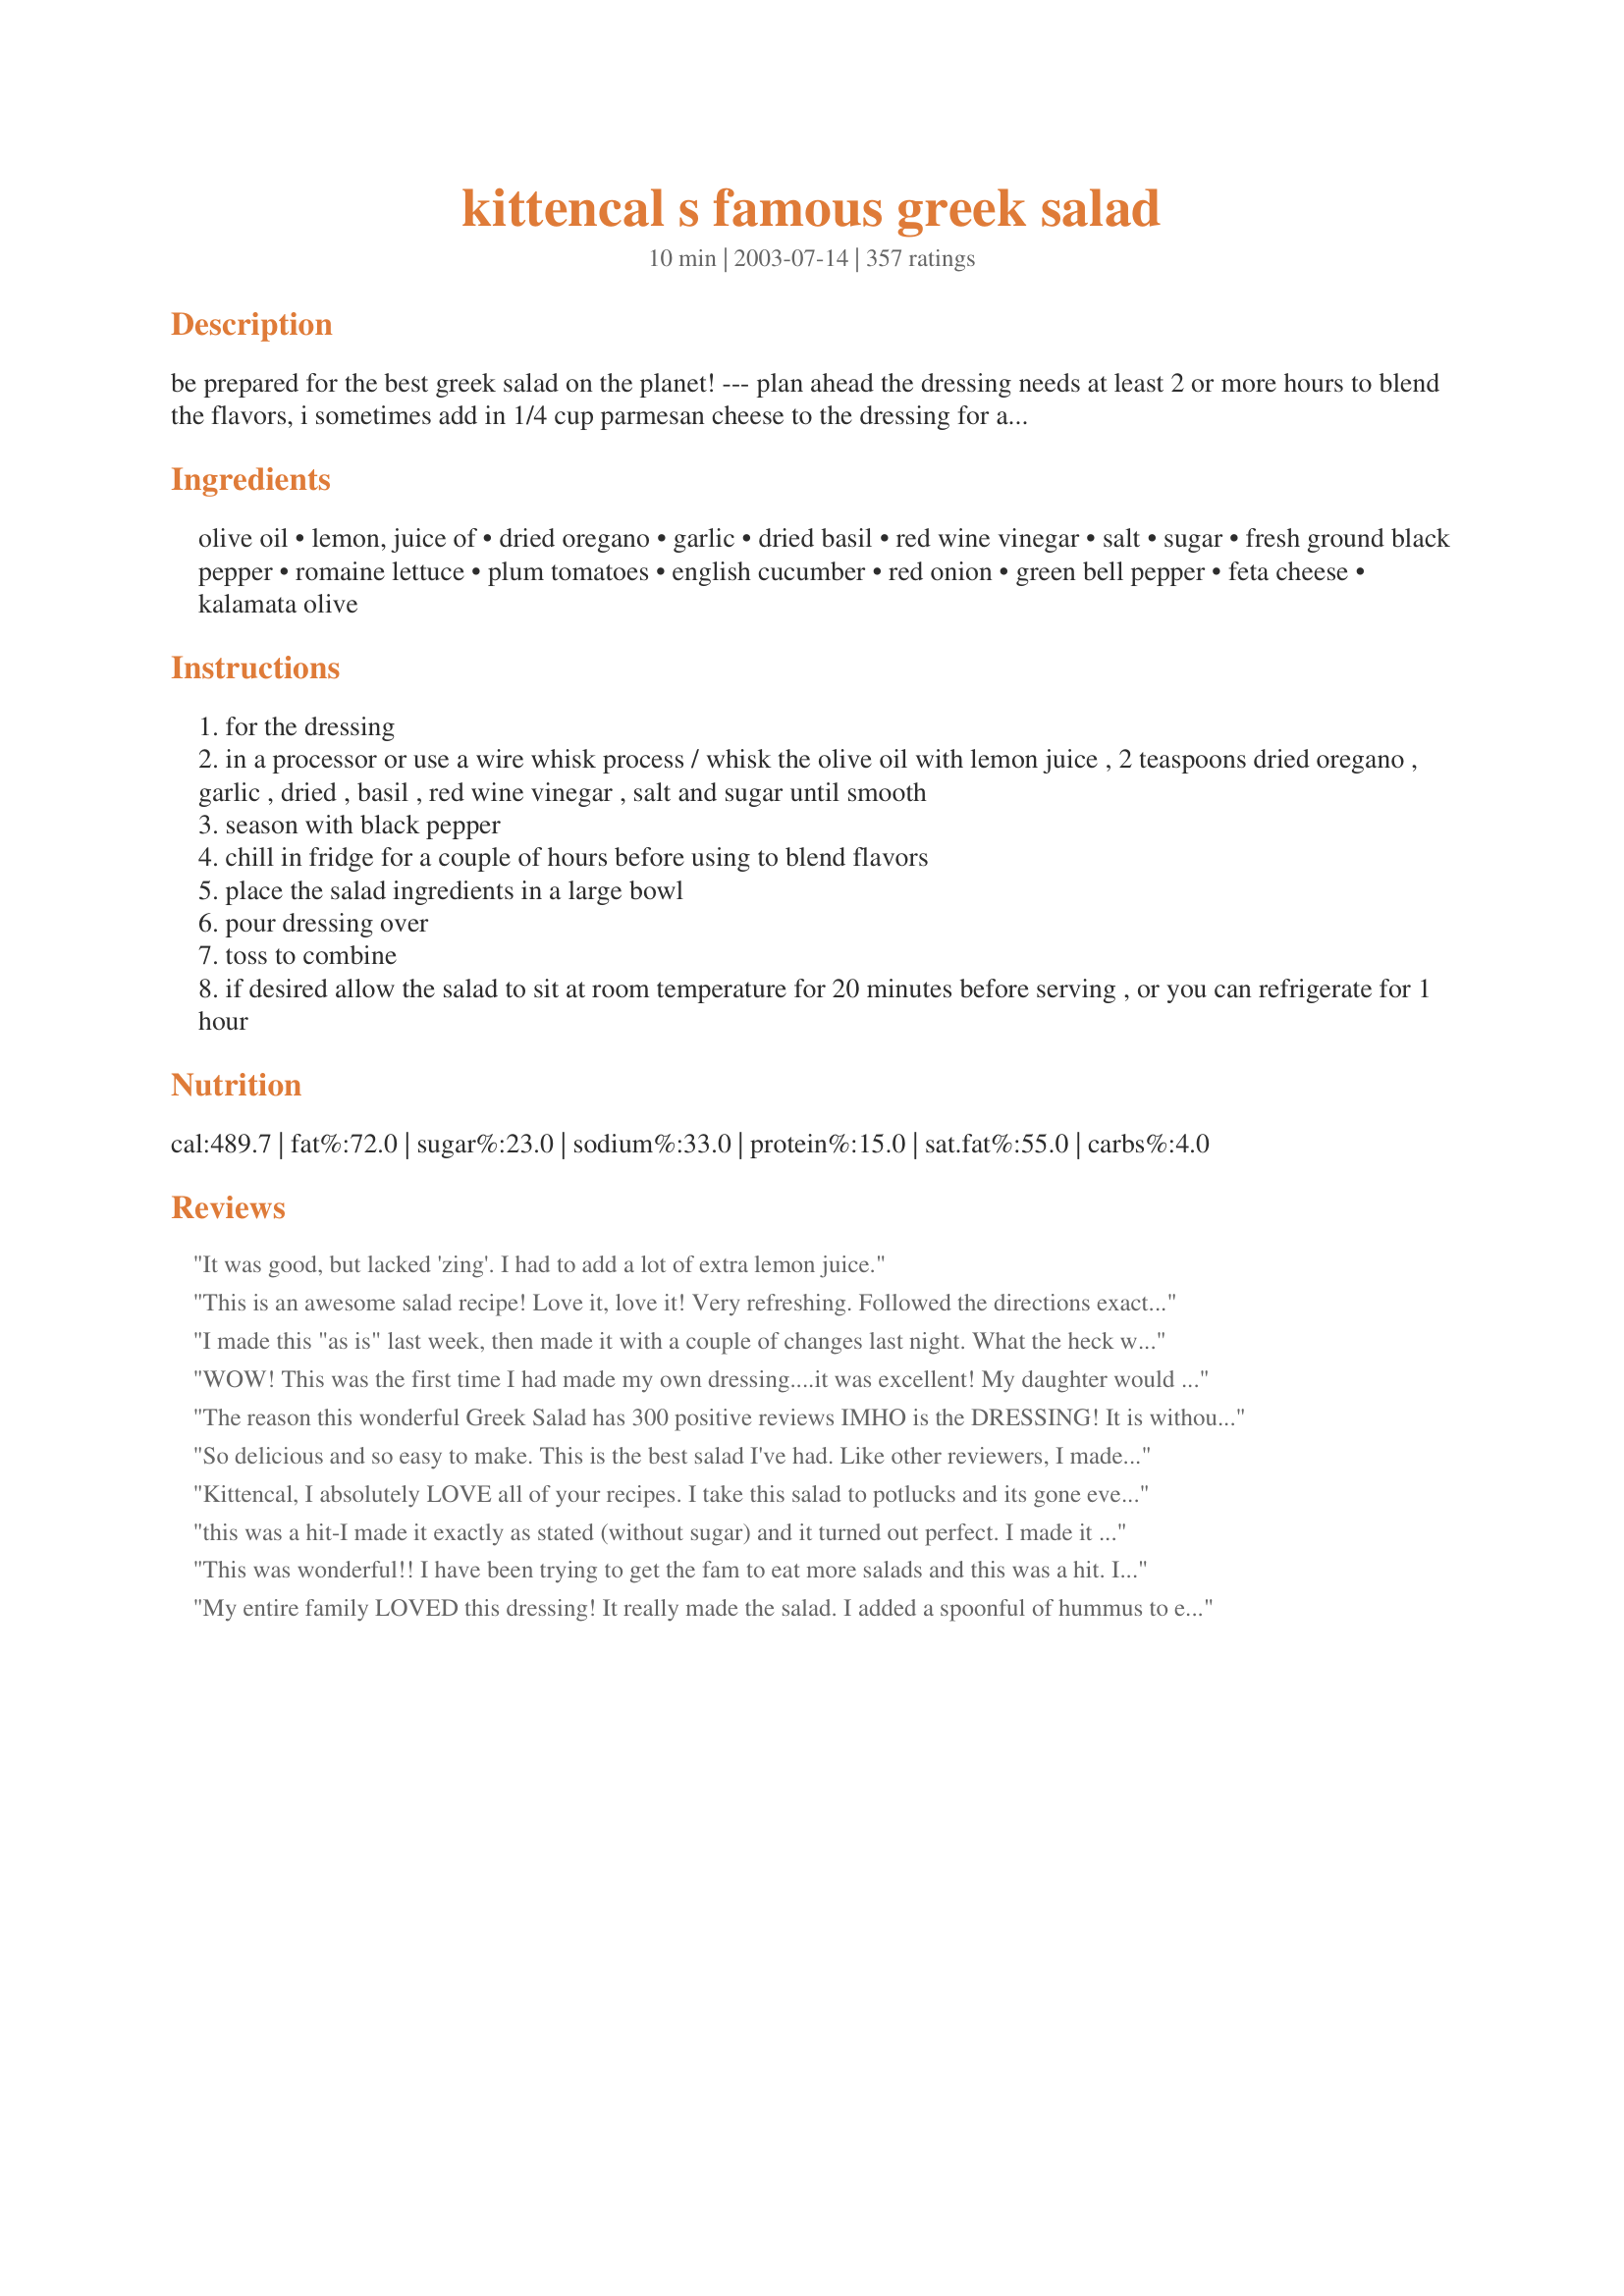
kittencal s famous greek salad
Preparation time: 10 minutes

be prepared for the best greek salad on the planet! --- plan ahead the dressing needs at least 2 or more hours to blend the flavors, i sometimes add in 1/4 cup parmesan cheese to the dressing for a more cheesy dressing, all amounts may be adjusted to taste ---- to marinade the salad allow to sit at room temperature before serving, see bottom of instructions --- you will find this and many more of my recipes posted here http://kittencalskitchen.com/2009/04/13/kittens-famous-greek-salad/ ---also see my recipe #359292

Ingredients:
olive oil, lemon, juice of, dried oregano, garlic, dried basil, red wine vinegar, salt, sugar, fresh ground black pepper, romaine lettuce, plum tomatoes, english cucumber, red onion, green bell pepper, feta cheese, kalamata olive

Steps:
for the dressing
in a processor or use a wire whisk process / whisk the olive oil with lemon juice , 2 teaspoons dried oregano , garlic , dried , basil , red wine vinegar , salt and sugar until smooth
season with black pepper
chill in fridge for a couple of hours before using to blend flavors
place the salad ingredients in a large bowl
pour dressing over
toss to combine
if desired allow the salad to sit at room temperature for 20 minutes before serving , or you can refrigerate for 1 hour

Reviews:
It was good, but lacked 'zing'. I had to add a lot of extra lemon juice.
This is an awesome salad recipe!
Love it, love it! Very refreshing.
Followed the directions exactly as posted. 
Thanks for sharing your recipe.
I made this "as is" last week, then made it with a couple of changes last night. What the heck was I thinking?? The original is perfect. Thanks!
WOW! This was the first time I had made my own dressing....it was excellent! My daughter would not stop eating it up-fortunately I made extra:)
Thank you!!
The reason this wonderful Greek Salad has 300 positive reviews IMHO is the DRESSING! It is without doubt the BEST I have ever made or tasted! The actual salad is great - the famous trio of olives, feta and tomatoes with cucumber, lettuce, onion and pepper - the dressing is the STAR of the show, JUST amazing, I will always make my Greek dressing like this now, it has JUST the right amount t of seasoning, herbs and oil to vinegar ratio - wonderful! THANKS Kitten! Karen/FT :-)
So delicious and so easy to make. This is the best salad I've had. Like other reviewers, I made a jar of the dressing.
Kittencal, I absolutely LOVE all of your recipes. I take this salad to potlucks and its gone everytime
this was a hit-I made it exactly as stated (without sugar) and it turned out perfect. I made it with the rainforest cafe rasta pasta recipe on here.
This was wonderful!! I have been trying to get the fam to eat more salads and this was a hit. I used half of the dressing and marinated some chicken breasts in it. It was so delicious! What a great salad!! Will definetly make again! Thanks Kit another great one!
My entire family LOVED this dressing! It really made the salad. I added a spoonful of hummus to each salad bowl and the dressing just complemented it perfectly.
Loved this! I did add sugar to the dressing, as well as some finely chopped sundried tomatoes. Other than that didn't change a thing. Will make this often, especially when the tomatoes are coming up in the garden!
Another Perfect recipe, thanks Kitten!!
This was my first attempt at making a greek salad...and will not look any further for a new recipe!! It was great. I, too, was a little frightened by the ingredients...thought it would be way too olive oily...but it seemed perfect. I did make a few adjustments. I only added 1/2 an onion as mine was a bit potent. Also left out the olives...not a big fan. My husband added his grilled chicken...absolutely delicious!!! I think we used sun dried tomato feta...which was good...but probably will go just plain feta next time. Also added about 1/2 cup shredded parmesan to the actual salad. The whole thing was a great meal and I have already passed on the recipe! Thanks Kittencal...absolutely fabulous!
Hi, My first review. I made this for a family reunion. It was outstanding. Have passed the recipe on and also recipe czar. Thanks for all the great recipes.
Carmen
This was a great salad. I made the dressing exactly as directed early in the day so the flavors could meld. For the salad, I changed a couple of things just based on our preferences...subbing green onions for the red, and roasted red pepper for the green! Thanks for sharing this great recipe.
Thanks for sharing! I made this salad for the family and it got rave reviews. Only thing I changed was that I mixed romaine and spring mix for the greens. Thanks!
I had tried my first Greek Salad in a Pizza Restaurant this year, and was instantly hooked. First thing I did was come look in Zaar for a recipe. Tried this one and it's SUPER!! Thanks for an awesome recipe!
Just made this, and its wonderful. I didnt add all the salt, just a small amount. And I used only 3/4 c. evoo. Will be having this on hand often.
I've made this twice now, and each time I am over run with requests for the recipe. Next time I make it I am putting a card with the recipe number @ Recipezaar. I have also made it with pasta instead of the romaine lettuce, and it is even better the second day. Thanks for a GREAT recipe!!
I made this salad for tonight's dinner. I cut the amount of dressing in half but otherwise made it as directed. For the salad I used a blend of lettuce which had mainly romaine in it. Wonderful! Made for Best of 2010 Tag Game Event.
This salad is very good, I knew it would be coming from Kittencal! I left out the olives and green peppers and realized I didn't have any basil for the dressing. I really enjoyed it :) I took some of the salad, pre-dressing, and added it to a pita with roasted chicken breast and tzatziki. That was also very very tasty. Thanks for sharing, I always look forward to your recipes!
This was pretty good, but a bit heavy on the oregano. Otherwise, it made for a good salad and I received a couple complements at our potluck.
Yum! I halved the dressing and it was perfect. Thank you!
Great Salad! This was my 1st attempt at a Greek Salad and we all loved it. Simple ingredients with TONS of taste. I made everything "as is" and thought it was super.
Very good salad. I did add the optional sugar, a little more tomatoes, a little less red onion and a little more feta cheese. Otherwise, followed the recipe. I love Kittencal's recipes, so I knew this one would be good too. I wasn't wrong. Keep posting, Kittencal!
I have no excuse except being lazy for not reviewing this. This salad is fantastic! When guests are coming, I turn to this recipe. Thx. for sharing Kittencal!
You just can't praise this salad and dressing too much. It's GREAT! Followed the recipe as stated but left out the sugar. Everyone asked for more, and the recipe. I'll use it often.
We tried three salads this month and this one took the cake! The dressing is simply divine! Thank you, thank you, thank you!
Flavor was great and easy to make.
Absolutely perfect!
This is so good, it should be illegal. I just inhaled my salad. I left out the sugar at first, then added two teaspoons when I found the dressing too tangy, which turned out to be a bit too much. My fault, but not to worry - I will have many more times to get it just right. Thank you Kittencal!
Looks like it has all been said already. This is a staple in our refrigerator.
Greek salad is a favorite at my house and I love this recipe....the dressing is excellent and so much better than what you can get from the grocery store. I add a little extra red wine vinegar to my portion...hubby loves it as is. Thanks for sharing:]
Delicious dressing! Works well with a regular garden salad too. I used an immersion blender which gave it a lovely creamy consistency. I was out of fresh garlic so subbed 2 tsp garlic powder and added 1 tsp onion powder for extra flavour. This will make into my regular rotation of dressings. Thanks for sharing!
This is a delicious salad. I cut all the amounts way down as there are only two of us. I decreased all the dressing ingredients by 1/4 with no problems. Thanks for a great recipe!
Beautiful salad - Have made several times and always get great reviews.
WE LOVED IT!!! No need to hit our favorite Greek Restaurant anymore. I can't believe how close the flavors are to my favorite Greek salad. Thank you! I served this with Pork Souvlaki #39526 over the top. Next time will serve with gyro meat.
I used this dressing for a Quinoa salad with similar ingredients. Excellent!!!<br/>Thanks for sharing.
Fantastic! I took this salad to a neighborhood party and it was a hit! Several folks asked for the recipe. Thanks.
Truly a great recipe!
WOW! I can't believe I have never reviewed this recipe! Kitten, it's the best greek salad going. I've made it for years with rave reviews. In fact, it was this recipe that kept me coming back to Zaar. I basically make the dressing as is and instead of just using a green pepper, I use red and orange pepper. It really pops all kinds of different colors that way. Thanks for a wonderful recipe I and my family will enjoy for years!
Very good. I would not want a Greek salad without lettuce. I guess it might be good without lettuce, but that would just make it a type of side dish, like potato salad or macaroni salad.
Yummy! I had this for dinner tonight with meatless riblets and Brussel sprouts. I mixed in spinach and cilantro with the romaine and used jumbo black olives. Loved it! Thank you Kitten!
Im a little picky when it comes to my Greek Salad. This one is def. a keeper for life :) !!! also did the changes suggested by the last poster....
I made this for salad for Xmas Eve dinner. It is wonderful. My sister loved it so much I didn't think she was going to eat anything else !!!

Thank you
Kittencal- Not only did my husband say this was the best greek salad he'd ever had, he said it was the best salad ever, PERIOD. He never asks for salad. I made it twice last week and today he asked if I will make it again. Thanks for the recipe. Cindy
very very good
This was good but a tad bit too oily for our taste. Next time I will probably cut the olive oil in half and that should still be sufficient to coat the salad. Thanks for sharing.
I made this for a Greek-themed supper club. It went over really well. I used 3/4 cup olive oil and block feta, cubed. Personally, I would have like ripe black olives instead of Kalamata, but I needed to be authentic! My daughters ate all of the small amount of leftovers. Thanks for posting.
I made this yesterday for a friend. The salad was wonderful. The combination of flavors was perfect. But the dressing was DISGUSTING. The best thing I can say about it is that it was easily disposed of. We ended up just using oil and vinegar. If I had to rate just the salad it would have 5 stars, but.....
Delicious, chunky, tangy and so easy to make! My DH came home from traveling and was raving about the Greek salads he'd eaten, so I fixed this and he was delighted! He wanted to know if there were leftovers and if he could have it for breakfast, lunch & dinner tomorrow... :) Thanks, Kitten!
This was really good, I wouldn't change a thing. However, I didn't serve it with romaine, but used everything else. Thanks!
Loved it!
Very nice salad, wonderful Greek salad dressing. I don't know what is most authentic, but I missed pepperoncinis that I have had with every Greek salad I ever ate at a restaurant; I would list them at least as an optional ingredient. Made for Zaar Stars Tag.
No no no! Greek Salad NEVER has lettuce in it (or parmesan for that matter). Just because you use oregano and feta doesn't mean you have to call it a "Greek" salad. Although I complement on your use of fine herbs, this is not a Greek salad by any means nor should you even use the term.
Great!!
Excellent Greek salad. I made just as directed. Loved the dressing in this. Thanks Kitz.
Very delicious - did add the sugar to counteract some of the tartness of the dressing, but it's not necessary. A keeper!
Loved it! Followed the recipe to a "T" and we loved it. I really enjoyed the blend of flavors in the dressing. The tang of feta, the bite of the kalamata olives, the red onion, etc. It was just lovely!
This was delicious! I wouldn't change a thing. I served this salad with gyros and roasted Greek potatoes. It made a wonderful meal! Thanks KITTENCAL!
I served this on Christmas Eve with some pasta dishes, and it was a hit! The dressing was outstanding.
As usual, Kittencal comes through! Delicious salad and very easy to make. I, too, followed suggestions from others and marinated the red onion, cucumber and orange bell pepper (for color only) in the dressing for about 4 hours... Simply delicious as always... Whenever I find a Kittencal recipe, I make it! Thanks!
Well Kittencal you certainly do not need any more reviews!!! We GET IT!!! This is a really, really great recipe! My DH was away this weekend and I hate cooking for one!!! So I thought about a Greek salad! I could not find my favorite recipe so I thought....ummmm...Recipezaar Of course! This is really great and it hit the spot! Perhaps I should put all my recipes on Zaar so I dont misplace them too??
Wow, what a great dressing. I didn't have olive oil, so I used canola oil and also used bottled lemon juice. Oh, and I used jarred garlic and it was still very yummy. I will definitely make it again with fresh ingredients and the right ones. LOL!! Oh, I skipped the onion, they don't like me anymore. This is a cookbook keeper!!!
I made this delicious salad about 3 weeks ago and just getting around to rating it now! I prepared this salad for a BBQ get together and it was enjoyed by all. I followed the recipe exactly with no changes and I'll definitely be making it again. Thanks Kittencal fora keeper!
Seriously once of the best recipes! We have never eaten with the lettuce tho. We just use all the veggies. The dressing is kick butt delish!! Everyone loves it. I have made it almost once a week for the past 2 monthes esp since we have an abundance of fresh garden veggies to use. Thanks for posting.
Love it, love it, love it! It's amazing what some olives, feta and a nice fresh dressing can do to an otherwise ordinary salad. Thank you kittencal!
This is an Awesome Salad. Thank You .
I have to admit that the only thing I made from this recipe was the dressing. It was amazing. I just poured it over some tomatoes, cucumbers, red onion, and feta. It was FABULOUS!!
Great Salad. I used mixed greens rather than romaine. The dressing is perfect. this is one we will make again and again! Thanks!!
Really enjoyed this, however, I did add twice the amount of vinegar called for simply cause we love our dressings more vinegary than most. Thanks for posting, will definitely make again.
I LOVE THIS!!!!
I chose this to make for our Greek night (I have a little "cooking school" with several little girls). The salad was wonderfully authentic, and the dressing was simply out of this world! I have been putting it on EVERYTHING! Bless you for sharing this fantastic recipe.
grat salad
Love the dressing! I make my own Greek salad with different veggies and wanted to make my own Greek dressing as to not have all the garbage they put in shelf stable salad dressings, I just love this one.
I knew this would be a good recipe because it is frim Kittencal, but this even exceeded that knowledge. I love the bite from the onion and garlic as well as the fresh taste o of tomato balancing the saltiness of the olives and feta. YUM! I am glad I have leftovers. 

The only thing I did differently is I used extra garlic and onions because I love them. I had a huge serving with a glass of red wine and it was so good. Thank you Kittencal.
This is a very good salad. It was our first try of a greek salad. We made it for Mother's Day Dinner with my DH's side of the family. We followed all ingredients per recipe except fo rthe kalamata olives. We used burgundy olives from a can. They fit in very well in the salad. Made for Salad and Berry Challenge May 2008
Yummy! I really liked this recipe. I'm not a huge fan of oregano, so I only put in half of what was called for.
Who knew I would be able to call myself a Greek Cook.. Ok, well maybe not.. But I sure can pretend with your dynamite recipe... Thanks for the post.. :)
Wonderful salad and dressing, Kittencal! I made as directed for the perfect accompaniment for our steak dinner and served with recipe #185498. Thank you so much for sharing your wonderful recipes with us : )
This IS "The Best" Greek salad according to my family. Sure beats the heck out of my old Greek salad recipe. I left out the sugar because we like the tartness of the dressing. When the salad ingredients were gone, my son scooped his bread around the bowl to get the last of the delicious dressing. I will be making your salad for a potluck we are having at a campground this weekend and I know it will be just as big a hit there as it was at home. Thanks Kittencal for a truly delightful salad that will be a welcomed addition to our meal rotation.
Perfect greek salad everyone loved it! I used 3/4 cup of olive oil. Thanks Kittencal. I will be making this again.
Boy was this salad a hit at my sunday dinner for my family and friends....I did add some diced beets, it was wonderful...will make over and over I bet...
I've been making my own salad dressing for years and this is absolutely the best salad dressing ever! Thank you for posting.
I added a few mint leaves like my favoriate Greek restaurant does and I really liked it.
Love it, love it, love it!! We nearly licked the bowl clean. It will be made often and I thank you so much for posting such a good recipe.
Made this last night exactly as directed and today's leftovers were just as scrumptious!! I will make this again and again!
What can I say that hasnt already been said! I finally do not have to fret that the deli is out of greek salad. Its always available in my fridge now!
Thanks for the great recipe. It was perfect.
WOW! Just perfect. Seasoned just right. Not too tangy, not too oily, etc. VERY, very good. I'm so happy I have extra dressing left for later! Everyone loved it! You'll never buy storebought dressing again. Thanks, Kittencal, you've done it again!!! :)
LOVE, LOVE, LOVE this!!! I couldn't stop eating it. The dressing is incredible. I bought the Kraft Grate-It-Fresh Parmesan Cheese for this and I know it made a difference having fresh Parmesan cheese. Will be making this often. I served it with your Greek Moussaka. Made for a wonderful dinner.
Kittencal,
I absolutely appreciate your recipes. You definitely know what you're doing and have good taste and instincts when it comes to food.
One thing I'd suggest for your Greek Salad is to let your chopped tomatoes, onions, cukes, and peppers, spend a few hours bathed in the dressing in the fridge, tossing periodically. Then introduce those much more flavourabe veggies to the lettuce, feta, and olives when serving.
Thanks for being an ever trusted recipe resource.
Cheers,
In the words of my 3 year old--this is really good! AWESOME recipe. I used some fresh spices instead of dried and I did add the sugar. And since this is what we had for dinner, I also added some chick peas. Oh and what I thought was really tasty was that we had some day old homemade whole wheat bread and I broke it into chunks put it on the bottom of my plate and the salad on top...YUMMMM
Made this last night for a few friends Greek-style turkey burgers
Recipe #13285. What a great meal! I tossed in the feta right before serving. The dressing was so good, I am thinking of using it as a chicken maranade. Thank you for posting this one!
DELICIOUS! This is long in coming and have made several times now. What a delight-friends and family love it too! I normally don't use all of the olive oil or the parmesan and it still tastes great. The feta is a must and I include chopped celery and a few capers. Thank you for a great recipe that allows me to serve a beautiful meal!!!
Great salad - dressing is wonderful!! has all the flavors a Greek salad should have - only thing I added were some store-bought stuffed grape leaves (yum!). A big hit for my family at all of our get-togethers!
This recipe was beautiful and oh so good!! A hit at a birthday party for my sister. I added about 3 teaspoons of sugar since I am more partial to a sweeter dressing. Thanks for a great recipe kittencal!
Very delicious and light tasting greek salad dressing to go along with the salad! Very refreshing. I served it as a started with a steak dinner. Was an absolute hit!
This is a very good Greek salad!
This is an excellent Greek salad recipe to keep on hand. I halved the recipe and served it with "Greek Lemon Chicken with Potatoes" (#59469). It was plenty for 4 people (including extra helpings and leftovers). I made the vinegar to oil ratio a bit higher and added about half a tsp dijon mustard to bind the oil and vinegar better. Will make this again soon!
Thank you Kittencal for all the OMG's and yums I heard at a dinner party last night. This salad is amazing. I've had Greek salad at many places but your recipe is FAR better than any I have ever had. I always trust your recipes they are always 5STAR PLUS.
Perfect!
I have used this recipe over and over. I do alter it just a bit. For two heads of romaine; I half the dressing recipe. I also use a little less olive oil, little less herbs, and all 3 tbs. of red wine vinegar. I like my greek salad a bit tart. Lastly, I add some of the feta to the dressing and of course let the dressing sit. I often add some thinly sliced bell peppers to the salad.
This is a fantastic greek salad; probably the best one I have tasted on zaar. I reduced the salad in 1/2 to serve 4 as a side salad. It was perfect...also, I was not able to let it sit for 2 hours and it still tasted great!
This salad is very tasty and the texture of it is wonderful. This recipe is great. Thank you
This is an amazingly good salad, all the flavours are balanced perfectly. I don't like romaine in my greek salad so I omitted that, otherwise made it exactly as outlined.
You don't need another five star review to know this is good! Awesome salad! I made this for my class and everyone raved about how good it was! They asked me for the recipe too! I didn't put any cukes in the salad and i did use some greek pepperocini peppers as a garnish. I followed the rest of the recipe precisely. And, the results are amazing!I'll be making this salad lots more in the future. Thanks for posting. :)
Where have I been? I can't believe I'm reviewer #332! Better late than never, especially when it comes to such a tasty salad. Made as directed, and it's perfection. Thanks, Kittencal. This will be made weekly from now on.
Very nice, but the original recipe has no lettuce or lemon...
This dressing was really good and a nice change of pace from the Italian dressing I usually make. I was out of red wine vinegar, so I used white wine vinegar. I think I would have liked it better with the red. I used 4 tablespoons of vinegar, as I like it on the tangy side. It was a tad bitter, so I added first one teaspoon of sugar, tasted it, and added the second teaspoon. It gave the dressing a nice flavor. I just realized that I accidentally omitted the garlic and I could kick myself! I can't believe I overlooked it, as my husband and I are garlic fanatics. Oh well...will be a welcome addition next time. Will definitely make this again. Thanks!
Now I know why it is famous! Superb, Kittencal!! I did add in the little bit of sugar to the dressing. I would sit and eat the whole salad if I could. :) I didn't have any red onion or romaine so used yellow onion and green leaf lettuce. Thank you, Kittencal!
Great salad! I added 1/2 tsp black pepper to the dressing and used the full amount of salt. Also put some pepperocini on the salad. Thank you!
Yum, greek and herbs and oil and vinegar, just my style. I loved the comments on making a few interesting changes in marinating the tomatoes and onions too, definitely a plus for taste. Thanks to everyone for this delicious recipe.
Outstanding!!!Thanks,Linda.
Wow! This is incredible! Even my very picky husband LOVED it! I will be making this one over and over again. Many thanks for posting!
Delicious! I love eating salad but hate making them. This one is great,easy and yummy. I have used this dressing 3 days in a row! Love It! It is a keeper. Also made it with your Kabob Marinade.Thanks for the great dinner.
Another easy, to die for salad dressing. Thanks again!
It was really good! A little heavy on the garlic. I made it with balsamic vinegar, because I didn't have the red wine vinegar and it was great! (though not quite as authentic)
Wow! This was fantastic! I made the dressing in the morning and let it sit in the fridge all day long before putting my salad together. I halved the recipe and used 1 bunch of Romaine lettuce. Left out the red onion and the green pepper and used black olives instead of kalamata. This is the perfect Greek salad and the only one I will make from here on out!!
I used this for marinade for our chicken on the grill and we really liked it. Will make often this summer, as we grill out a lot!
Very good and I loved the vinaigrette.

Thanks!
I just made the dressing and it is very good. I did add a little sugar. Will definitely make again.
I brought this to a cook out today, and it was thoroughly enjoyed. I was asked to share the recipe, too! I did make a few minor changes just as a matter of personal taste - nothing at all wrong here with the recipe. I cut the olive oil down to 1/3 cup and the salt to 1 teaspoon. I put in a full tablespoon of basil, but this was only because I didn't realize I misread the recipe until after I dumped it in. It turned out fine because we love basil, and so I'll probably continue to make it the same way. I used grape tomatoes vs. regular in the salad and added a can of artichoke hearts since I had a taste for them (turned out that many others were snatching them out of the salad, so it was a good addition!). I only used 1/2 an onion since mine seemed really strong. Finally, after reading some reviews of other recipes, I went with solid feta that I cubed rather than the crumbled type (the cheese didn't disintegrate and become "lost" in the salad this way). The dressing is amazing and so I plan to keep a bottle made up in the fridge regularly! I have to say that I probably wouldn't have made this if it weren't for the reviews. The ingredient list seemed rather ordinary to me, but believe me the end result is anything but! I will make this often. Thanks for such a great recipe.
This past Christmas our family decided to try an "untraditional" Christmas Dinner. Everyone was assigned to bring a dish that had never been served at any of our Christmas dinners in the past. I chose to make this Greek Salad recipe and it was a total hit!!I did add the sugar to mellow out the vinegar. Followed everything else to a T. It turned out perfect! Thank you!
I love Greek salad but have never attempted to make one before. This was so easy and so good! Thank you for yet another recipe I'll be using again and again :)
As the recipe states, this IS the best Greek Salad on the planet.............. I made this for a crowd and everybody loved it. I wish I could give it more then 5 stars. I did add parmesan and made it the night before. I also allowed it to sit at room temperature before serving. Thanks so much for sharing such a lovely recipe!!!
Greek salad does not include Romaine! Using feta cheese doesn't make it Greek. Greek salad is made with pieces of tomatoes, sliced cucumbers, onion, olives, feta cheese and eventually green bell peppers. Never lettuce.
By far the best greek salad I&#039;ve ever had. However, I could not imagine using an entire cup of oil. I did not use 3/4 cup, or even 1/4 cup. I only used 1 tablespoon. Also, since I wanted to keep the calories down, I added fewer olives and less cheese. This reduced the fat even further. I added maybe half a carrot for extra vitamin A and some quartered artichoke hearts because I like them. No changes at all, otherwise. Also, I was unclear whether I was supposed to add all of the dressing to the salad. I did, but it seemed excessive so I poured off most of it. As per Scotch Bob, I did marinate most of the veggies in the fridge with the dressing before putting everything over the lettuce and adding olives and cheese. I did include some parmesan cheese. I was not concerned about it&#039;s being authentic Greek or not. I would definitely make this again.
Great dressing! Have made it many times and it is my go to recipe whenever we have a Greek Salad. Usually use regular tomatoes and cucumbers.
I made this salad for some friends and they loved it so much, I had to give away the copy I had printed for myself. It's going to be in my cook book for generations.
Perfect Greek salad but it was too much dressing for the amount of ingredients and there was a pool of dressing in the bottom of the serving dish and I did follow the directions to add before serving. I have now made this a number of times, once even adding gluten free pasta to make it more of a meal! I used a good flavour organic olive oil, fresh organic lemon, organic mountain oregano from Greece, organic fresh garlic clove, organic apple cider vinegar in place of red wine vinegar for religious reasons, sea salt, to taste, a little more organic cane sugar because if my change of vinegar, romaine lettuce hearts, I left out the onion, no bell pepper, plus the rest of the ingredients. I will make this dressing and salad or modified as I try to avoid cheese again!
You are a wonderful cook! I love your recipies and this one is no exception. This one is a keeper, the key is to let the dressing sit for 2 hours or so. Thank you again!
Delicious! Skipped the olives (hate them), and switched the green pepper out for a mix of red and yellow peppers that included regular onions (instead of red onions). I could eat this for every single meal for the rest of my life...
My very favorite salad recipe, I&#039;ve been making this for about two years since I found it online. Thanks Kittencal for a superb recipe! (I blend chopped olives into the dressing and it&#039;s supreme)
I was asked for the recipe by everyone at Christmas dinner. Loved it and I think I know it has already been requested again
I was looking for a new combination for salad dressing, and this looked very interesting. I was definitely not disappointed! Beautiful combination of flavors- bright notes from the lemon and vinegar, earthy notes from the dried herbs. Just what a boring bag-o-salad needed to give it a lift. Thanks so much Kitten, for yet another winner.
Wow! KCalKitch always gets my attention if she shows up in my searches and I am totally confident in her recipes and I usually try them first. Once again she has proven SUCCESSFUL!!!! I always read reviews for helpful tips too and I am thankful for both!!! I used dried garlic and onion powder (1.5 tsp) each and halved the dressing (actually used 1/4 c. olive oil, 1 lemon juiced, and 1/2 tsp basil, salt and pepper). I chopped up red pepper, zucchini squash (store didn't have cukes) and grape tomaotes and marinated in dressing for 2 hours. I then added 1 cup of chopped Kalamata olives and 1/4 c. grated parm. Stirred all that up and put a few scoops in a bowl with Romaine lettuce. Oh it was heavenly!!! I actually forgot the feta and it was still DIVINE!!!!! I AM FULL OF SALAD RIGHT NOW!!! BEAUTIFUL BABY!!!! THANK YOU SO MUCH TO ALL THE REVIEWERS AND KCALKITCH!!!!!
The "is" the best Greek salad recipe I have ever found! It was absolutely delicious! All of my guests raved about how authentic they thought it was. I added some silced pepperoncini. It will definitely be my signature Greek salad.
I really liked this salad. It was very easy to prepared and the dressing was very good. 
Made as written, 
Thanks Kittencal. 

Bullwinkle
This was pretty good. I've never eaten Greek Salad until this. I fixed Souvlaki and kind of wanted to make it a theme. Thanks for sharing.
Perfection! We've had Greek salads at many restaurants and our favourite is a little Mom & Pop Greek diner but it's expensive to feed a large family. I followed this recipe, exactly as written. I buy hearts of romaine when it's on sale as it's easily rinsed and has a better flavour. For 5 people, I used 1Â½ hearts of romaine, half a green pepper, 2 Roma tomatoes, half a red onion, half an English cucumber, full amount of blue cheese & olives. I chopped the green pepper & onion only so our 10 year old wouldn't get a large piece and she had seconds. For the dressing, I used the full amount of oregano & lemon & 3/4 cup of good extra virgin olive oil, as recommended by Kittencal. I reserved half the dressing to use later in the week, with the remaining veggies. Served with souvlaki, tzatsiki & mushroom rice. This is my second keeper from Kittencal. Many thanks!
Thanks!!! Once again you have shared a knock out recipe....by far the best greek salad I have ever, ever eaten. Got raves at a family function - you made me the greek salad queen. :)
Really good! We love anything Greek here. Wanted to share with everybody that I had stuck my olives in the dressing while it sat and ended up not eating the salad that night, and they turned into amazing marinated olives! So good. I used regular black olives and didn't have any lemon juice so just used extra red wine vinegar. They made for a really yummy accident.
This is the most wonderful salad! I received so many compliments about it when I served it at a recent pot-luck dinner. People were begging me for the recipe. Thank you so much for posting such a fantastic recipe.
Absolutely the best, as the name says. Once I made it I couldn't wait to make it again. Thank you.
Awesome salad. Thanks for another great recipe, Kittencal!
Fabulous! My husband and I really enjoyed this salad! I followed the recipe exactly but after reading the reviews I decided to add a little sugar to the dressing also. First time I made homemade greek salad dressing and it wont be the last! Just as good(if not better)than some of the restaurants we've had it in! I'm sure it will be the only recipe I turn to for greek salad and I can't wait to make this for company! Thanks so much Kittencal for another winner!
This is "the best" Greek Salad!! I'm making it yet again, this time for Easter. The dressing is also wonderful brushed on a good baguette and toasted for sandwiches. Thanks!
Add my 5 stars to the other 230!! Kittencal, I have not fixed any of your recipes that were'nt worthy of 5 stars!! Keep it up!! Thanx!!
I very much liked this recipe. The only reason my rating is a bit low is because I need to work on adjusting the dressing to suit my taste. It was a great base recipe... I just needed something that wasn't quite there. Will try again and play around with flavors/seasonings. Thanks very much for posting!
Wow...this is an excellent salad. I made this salad for an impromptu dinner party. One guest had 3 helpings and couldn't stop himself until the salad was gone. The only substitution I made was to use fresh oregano instead of dried. The dressing combined with the flavor of the feta make the dish!
Have made this numerous times. The dressing is one of the best salad dressings ever. I have it on hand now for "regular" salad. I add way more garlic though. I also allow all the veggies, minus the lettuce, to marinate in the dressing after the dressing has been refrigerated for an hour. I really try to give other recipe posters a chance and still begrudgingly come back to you. You have an awesome eye for recipes.
This recipe has turned my family into Greek salad lovers! Terrific!
Awesome salad! Hubby eats Greek salad at an authentice ilttle rest near work, and he was impressed! The dressing is the real key, of course!!! Super! I used TraderJoe's jarred Greek olives; tender and salty; just right. Also used Trader Joe's crumbled feta cheese with Med seasonings; excellent! Thanks for this ; it was just like getting it from a real Greek mama!!! Can't say enough thanks for this recipe!
I've tried many recipes for Greek salad & this is definitely THE BEST! The only thing that I did differently was to use a combo of romaine & head lettuce. Thanx for sharing!
Great Salad! It's now my favorite. I've made it 3 times in the last 2 weeks alone! It's really easy to make. It makes more then enough for 2 so I use only half the recipe each time but easily have enough dressing from the first time. Thanks for posting it.
My DH and I love greek salad but have never made it before, so he did it up tonight for dinner. He used the 1 tsp of sugar, and added some grilled chicken on top as it was our main course. It was delicious! I am scrapbooking a recipe book for my sister as a gift, and this one is definitely going in it!!
This recipe is certainly not for those who prefer bland food! The dressing is strong and assertive, with a definite 'bite'. I wouldn't even consider making it in the winter. But in the midst of summer, with homegrown tomatoes and garden-fresh cucumbers, it was absolutely wonderful!!
The first time I made this recipe it was a 3 star recipe for me. <br/>I just changed the directions it a bit and it was a five star recipe!! Here's what I did:<br/>I mixed the basil, oregano, pepper, vinegar and oil and poured over the onions and let them sit for 1-2 hours. And sprinkled the sugar and salt on the tomatoes and let them sit for a few mins before tossing them into the salad. I mixed everything together (along with the onions, and their oil/vinegar). It was one of the best greek salad i ever had!! <br/>Thank you kittencal for a fabulous recipe!
Another good recipe, Kittencal! I used 3/4 cup olive oil (it was plenty), 3 T of lemon juice, 4 tsps dried oregano, increased red wine vinegar to 3 T., added 1/4 cup parmesan cheese as suggested in recipe notes. Omitted the green pepper, added 1/2 cup marinated artichoke hearts; I used chunk feta which I cut into cubes instead of crumbled (Sundried Tomato Basil flavor). Got rave reviews from friends who have requested the recipe. Makes plenty so I will be adding some grilled chicken to the leftovers.
Like one other I found this way too salty - had to add more vinegar and lemon to the dressing to compensate. Make sure you use Romaine and not some other lettuce, and add the dressing a bit at a time to avoid drowning the salad if you have too much.
This is incredible!!! Must try is all I can say!!! Thanks so much for posting all your wonderful recipes.
I made this for my Monday Salad group, and it was a big hit. I need to let you know that I did not use the dressing recipe due to a shortage of time, but I followed the salad part exactly. I will make this again for sure.
This is a favourite, with kids and all.
This is now my favourite summer dressing.
Thanks Kittencal.
I made this dressing a day ahead of time, yet it still lacked flavor. I was expecting a tangy viniagrette kind of taste and this didn't deliver. It was like eating plain oil on salad greens. Judging from the other reviews, I have to wonder if I inadvertently skipped an ingredient. I may try again.
I make this dressing at least once a week. It is just as good as everybody says. I up the amount of garlic and leave out the sugar. Thanks you for sharing so many great recipes.
This salad is heavenly. Will have to make this at least once a week for DH. He loved it. Served it with Recipe #256734 and Recipe #87782. Wonderful meal.
Now that was amazing! thank you for sharing that one!
"THE BEST" is right! The dressing has become a staple at my house. Thank you so very much for posting this one, KITTENCAL.
I made this salad for my family yesterday, they all loved it,not a bit was left
Delicious, and a hit at our supper club recently. Only changes: I subbed a yellow bell pepper, both for extra color, and because I&#039;m not a big fan of the green kind. Also threw in some chopped marinated artichoke hearts.
Great salad! I needed to bring a salad to a party so I just looked at the highest rating recipes on food.com and this one fit the bill. I'm so glad I chose it because it was delicious! The dressing was a perfect combination and it tasted great over the veggies. Thanks!
i did like it lol dee
OUTSTANDING! This salad was absolutely delish! I added an extra teaspoon of sugar because I like it a little on the sweet side. I took Scotch Bob&#039;s advice and marinated the veggies in a little of the dressing for a few hours before serving, it was perfect! Thanks for posting :)
WOW,can I come to your place for dinner?
Your recipies are all WONDERFUL and this on was no exception.
Now I'm looking for a good Seafood Casserole, have any suggestions?
Kittencal there is not a recipe that I have tried of yours that has not been 5 star for me. I think I need an extra lifetime to try your wonderful recipes but meanwhile I could die one happy and well-fed person (lol).
I too made this into pasta salad because there's only 2 of us and it lasts longer. I subed in a jar of green olives,since no one cares for the black ones and added a tiny bit more sugar. The parm cheese in the dressing is really a must~~Thanks for sharing!
I've made this a few times now but have forgotten to rate it. I usually only make 1/2 the recipe at a time. Instead of dried oregano, I use fresh. Other than that, it's delicious as is. I'll make this one a lot.
We enjoyed this salad tonight with a loaf of bread on the side for dipping! The only change would be that it had too much feta which overwhelmed the rest of the ingredients for us. Very good overall though.
Awesome!! I have made this before, but, for some reason, (apologies in advance) I never gave a review (must have been when I had visitors from Aussie last year for my son's wedding) but, after having a reprieve in the weather today (we hit 19 plus celcius - bring out the suntan lotion) I made this.. I wish you could have seen hubbies delight in savouring this lip smacking refreshing salad. 
Thank you so much for sharing this recipe - a definite must again this summer.. roll on 
P.S. The dressing is to die for.. I didn't add the sugar in the dressing.
I found this recipe here quite a while ago. Its so good that I make greek salad at least twice a week. I don't use lettuce, but add green and/or red peppers instead. Calamata olives are a must. Thank you for a great salad recipe. Its one of the few ways I have now been able to enjoy vegetables.
Very Tasty! Make the dressing ahead of time,as the flavor gets better the longer it sits. I did add a little of fresh Italian parsley. I paired this delicious salad,with Kitcals shrimp scampi with pasta. This might be too much citrus for some,but I had no leftovers.
A huge hit at supper last night! Again, I have found another salad recipe that trumps the tired old salad we usually have with dinner. Made as directed minus the parmesan; I will be sure to have some on hand the next time I serve this! Thanks for posting!!!
I love Greek Salad! And this one, tastes just like one I had at my favorite Greek restaurant. Thank You. The salad dressing is superb!
A wonderful base from which one can customize to suit your individual taste. Easy to make from items already in most cabinets. I added extra lemon juice, garlic (of course!) and extra red wine vinegar plus one packet of splenda. I couldn't wait for it to meld overnight and had a side salad soon after making and it was already good. Thanks for a winner Kitten.
We loved this salad! I will say that including the Parmesan cheese in the dressing seemed to reduce the effect of the vinegar in the dressing: without it, the taste has more of a "bite." That may depend on the specific type of cheese, though. Well, that said, either way, the dressing is great and the salad was a big hit. Half of the recipe handily made four side salads with a dinner. Thanks Kittencal!
Great salad. The dressing was better the next day than the day I made it. I used 1 tsp sugar but will add another one next time and use just a bit less oregano Another great recipe Kittencal.
Cut the oil back to 2/3 cup ...let onion sit for 2 hours in oil and spices ...sprinkled salt on the tomatoes to let them drain ...did not use the romaine lettuce or green pepper (just a preference). My family enjoyed this recipe
Delicious! Thanks for sharing.
This is a great standard Greek salad. My husband especially liked the dressing--I used bottled lemon juice and a about a teaspoon of sugar. I halved the feta and kalamatas to keep it from being too salty. The red onion is essential for that nice bite.
This was delicious! I fed this to a group of 20 colleagues, and they all loved it! Thanks for another great recipe!
This Greek Salad is very delicious, but did anyone else notice that one cup of this salad is 2195 calories? Wow!
Good ol kittencal, her recipes are top notch. This one is no exception. A great salad. I love feta!
Delisious . Made this last night with grilled chicken. Just perfect and simple to make. Thank you
Dressing was amazing and tastes better the longer it sits. I would recommend that you use a food processor so everything gets emulsified. I went heavy on the oregeno and added some fresh parsley and 1/4 cup of parmesan as suggested. I think i may make this weekly and keep it in the fridge. Thank you for sharing.
Oops, forgot to rate it with my last review!
This truly is THE best vinigrette I've ever made, and I've tried ALOT of recipies, and made alot of greek salads, (I'm greek). I put a little exta lemon in mine,but we love lemon in our family. I also used dressing on an orzo pasta salad with shrimp, dill, parsley, feta and some veggies. It was so good! Thanks so much for sharing!!
Another winner for Kittencal! There are only 2 of us who like greek salad, so I had to adjust the amounts to 2 servings. I didn't have any trouble at all. Added the sugar and had to leave out the olives, since I didn't have any on hand. Deliciously fresh tasting. :)
Fantastic!! Thank you for the recipe :)
Wonderful! Kittencal, we can always count on you to have a winner, and this one was no exception. We followed the recipe exactly, but marinated only for 1/2 hr. It was yummy and I'm sure it would be even better with more marinating time. Thanks!
Amazing, so delicious. And, no, there's not that many calories in one serving. It calculated wrong because the number of servings isn't specified. So very good, thanks for sharing!
yummo! The dressing is perfect! I sometimes sub baby spinach leaves for the rommaine, but the dressing really is bang on!
Thanks Kittencal for this wonderful recipe! There used to be a Greek restaurant called Connie's in a town where we used to live and I would have their Greek salad all the time. This reminds me of Connie's dressing. Connie's is no longer there but now I can have this wonderful Greek salad every day of the week! Boy, brings back some good memories!
Redolent of my Mediterranean cruise, soft breezes,bright sun----seriously, this was so good. Sadly, I had to omit the cucumber because my DH cannot eat them, but this was one of those salads that made me feel as if I weren't deprived because I was not eating a "real" meal, that is, one with meat and potatoes. Just great...Thank you!
Wonderful greek salad. I made a half batch and used one package of equal in place of the sugar. Would not change a thing. Thanks for the recipe.
Made this twice today.
One to go for a Graduation Party over a HUGE salad.

The other for me and my Mom to share.

Yum! If I would have had some good crusty bread I would have dipped and forgotten the rest of the dinner.
what a fantastic salad, and so simple! the dressing was amazing, and i found a garlic & herb feta at the store that went great with it too. i could eat that salad all day and all night :)
This was very good. I used a bit of spinach and added some cooked beets. I will certainly make this again. Thanks
It is an uncommon salad that is easy to prepare and is very tasty.
Delicious! I used 3/4 cup of oil and it turned out fab! For a change, I chopped all my salad ingredients in a food processor (with a little bit of the dressing, not too much or it will be soggy) and stuffed it in large jumbo pasta shells sprinkled with some Parmesan cheese. Delicious!
I thought this was absolutely delicious. I added chicken from this recipe: http://www.food.com/recipe/cooks-illustrated-grilled-chicken-kabobs-420125 and it complemented perfectly with the salad. The dressing was delicious as well. I just can't wait to make it again!!!
Thanks for the perfect Greek Salad recipe. It tastes exactly like a fine Greek restaurant salad I had once and have been trying to copy ever since. Wouldn't change a thing.
We loved this salad! We made it with the parmesan in the derssing and this was just outstanding. It was a good change from my normal blue cheese dressing out of a jar! I kept going to the fridge to smell the dressing (smile).
Fantastic Greek salad!
Wow! This is delicious. The dressing is very zippy but we really liked it that way. I didn't use olives (we don't care for them) and only used about 1/4 tsp. salt as I thought 2 tsp. was too salty for our tastes. The leftovers from this great recipe will make several yummy lunches for me this week.
This was scrummy!!! The dressing goes a long way - be careful you dont put too much on as i did!
Will definitely be making this again.
Thanks Kittencal (^o^)
Yummy!
This was the BEST greek salad dressing I have had. I followed the directions to a Tee and it not only looked great but tasted even better. Thanks for sharing.
My family has eaten many greek salads, and my daughter and I both agreed this has to be the best one yet. The dressing was excellent. Thank you from a salad lover
This is a keeper! I made the salad a little different due to personal tastes, but I followed the dressing recipe perfectly. This will be the dressing recipe I'll use from now on on all my Greek Salads. YUM! I served it at a Greek dinner party and I got lots of compliments.
WOW! This is an outstanding salad dressing recipe. I backed off on the herbs and used 1 tsp of basil and 1 tsp of oregano, just personal preference. Also, because of the salty cheeses, I used only 1 tsp salt and it was plenty. Produced a tangy thick lemony result that we enjoyed so much. Used feta cheese with basil and tomato added - loved it! Thanks Kittencal for posting this recipe that I will keep as a part of my best recipes to use again.
Ok, this IS the best Greek Salad on the planet! Why did I wait SO long to try this? I did add the optional sugar to the dressing as some of the family does not like things that are "sharp". I prepared the dressing in the am and tested it through the day. It did get better as time went by so please do not skip this step! I also reduced the olive oil to 3/4 cup. This will be a staple in our home from now on! Absolutely fantastic!!!!
astounding!
Didn't change a thing and it was outstanding! Everyone loved it!
My friend and I loved making this. It was absolutely delicious! Thanks Kittencal!
Wonderful salad! I cut the recipe in half for DH and I. This was my first attempt on making this type of dressing too. We were very thrilled with the taste. Thanks for sharing!
Delicious! I reduced the oil and will do so even further next time and upped the vinegar to suit my taste. A definite keeper!
Had a dinner party and everyone loved the salad. Thanks Kittencal!
I use this ALL the time now. I also add a few shakes of worchestersire sauce & a tiny squirt of anchovy paste-YUMMY!!!!!!
Refrigerating salad dressing may make olive oil harden. Why not leave it at room temperature &amp; shake once in a while. Also I am not crazy about wine vinegar sold in supermarkets. Is there a special brand that is superior?
I have made this many times and it's always delicious. Thank you for another great recipe.
This is great! I have been trying a lot of Greek dishes recently & this salad has accompanied several of them. The only change I make is to scale to half because of my small family size. Thanks so much!
AWESOME! Who needs the Bread Co.'s (Panera Bread)greek salad when I can make this one?? I added a teaspoon or so of sugar to the dressing, and used romano cheese instead of parmesan in the dressing. I also added some hot pepper rings, to make it more like the greek salad I USED to get at the Bread co. My husband ate more salad than chicken, and that NEVER happens! Fantastic recipe!
KITTENCAL, you certainly don't need another five star review added on to this wonderful recipe, I am giving this 100 stars plus, it probably the best Greek salad recipe on this planet! but knowing it has been posted by you, that is no surprise! Everyone should try this recipe, it IS "THE BEST"!!! thank you very much!
This salad was a huge hit especially with my vegetarian DIL. It's a perfect blend of spices and flavors. Unfortunately I had to leave out the green pepper (Sweetie's digestive issues) but it was still wonderful. Thanks, kitten for another mouth watering recipe! I had the leftovers for breakfast this morning.
We tried this tonight and let me tell you it is better than the dressing that the greek place has here. I didn't think I could ever duplicate that one until now. The only thing I did was to add fresh parsley, as I had plenty from other recipes I had been preparing. Really great tasting. Thanks again Kittencal for a fantastic recipe.
Made this salad for a family dinner and everyone loved it. I made the dressing early in the day. I did add a bit of sugar. Perfect. This recipe will be in my favorites cookbook. It being one of your recipes Kitten,it is no wonder that it would be a winner.
I will add to the 5 stars! I cut in half the whole recipe and then added a bit more veg, as seemed good. Yummers! Going to keep this one. Thanks Kittencal!
Loved it !! Made for a family get together and it was a big hit. Already planning on getting some cauliflower, snow peas, broccoli, green beans etc., blanching them and then adding the olives, feta and dressing to make a chopped veggie salad. Thanks for posting.
Super easy and yummy. Even better with fresh herbs. I reduced the oil by one half and found it still tasted great!Also added red diced pepper to the salad for color. Thanks for sharing Kittencal!
This greek salad is to die for!! Until now, I've tried in vain to find a recipe that duplicates the experience of the dressing on the greek salad at my favorite greek restaurant, and finally I've found it! I like things tart, so I did not add the sugar, but added a little extra parmesan. For the salad, I omitted the romaine and added extra cucumbers. It was a perfect addition to what turned out to be a Greek themed dinner -- rack of lamb, greek potatoes (#87782) and 24k carrots (#152441). Thanks for another great recipe, KITTENCAL! :)
Awesome salad, Kittencal!!!! The dressing was great. Next time, might use feta instead of parmesan. I also, used just 1 tsp of sugar to cut the acidity. For the salad, I halved the veggies (thought 2 romaines were too much). In addition, I added pepperoncini and red pickled eggplants that I purchased from my Middle Eastern store. Thank you loads for a great recipe ... very well liked by my guests and myself. Update - I used 2 tbsp feta cheese instead of parmesan cheese and it tasted great!!!
I served this at a dinner party, where I was running terribly behind on the food, but when I served them the salad, everyone said the same thing: "It was well worth the wait!! I'm not a salad lover at all, but wanted to atleast try what everyone else was raving about, and WOOOOOW! This has made it on the list of few salads that I do love!! Everything was perfect -- the combo of salad ingredients and the dressing. I didn't change a thing .. and thank goodness I didn't!!
This dressing is amazing! It has been in my fridge for about a week now and the taste has gotten even better. Other ideas: use as a "sauce" on a sandwich (like JJ's) or put some on a plate and sprinkle some parm on it and use it as a dipping sauce with fresh Italian bread. Yum! I love your recipes Kitten!
fantastic! I used 7 times the vinegar, double the onion, a bit extra garlic, extra tomato and cucumber (both fresh from the garden!) and no olives. Served it up with whole wheat Naan bread for a delish dinner! YUMMMMMMMMM.
I made this using rotini instead of the romaine lettuce. It was awesome! It tasted even better the next day! Thanks for sharing your recipe Kittencal!
Just like the salad I had In Greece, maybe even better
Absolutely Brilliant. This is unlike the other dressings that are highly rated on line that use onion powder and too much vinegar. The fresh garlic and fresh basic really do the trick. Too good.
I dont even know if this recipe needs a 132nd rating but here goes. I am 9 months pregnant and greek salad is all I can think about. Thank you for saving me a fortune in take out funds. I halved the oil like the others, left out the parmesan, and added pepperoncini to the salad but otherwise followed the recipe. I also recommend making the dressing a full day ahead because it really does get better with time. Thank you, thank you, thank you!
Another 5 stars! Thanks for this lovely summer salad. I halved the recipe and it was fine, except that I really ought to have used feta as specified. I used Akawi cheese which was not as salty as feta. I have promised myself that never again will I substitute for feta in this recipe. I added celery as well. Instead of red wine vinegar which I didn't have I used balsamic vinegar, but needed to add juice of half a lemon to make it more tart. I will make this often for my family and friends.
Loved it!
I made this last minute with things around the house, so I had to make a few substitutions, but it is still excellent! I subbed white for red wine vinegar, and I didn't have oregano. Still a tasty salad that inspires you to make something other than your typical "house" salad.
Just perfect.
Wonderful Greek salad. My DH says it is a definite repeater! I have moved this one to my "Tried & True Favorites" I used a peeled and seeded cucumber but sliced rather than julienned. I also used red pear tomatoes cut in half. Another one of your wonderful recipes Kittencal. Thanks for sharing.
This was rated by my family as a keeper, I made it this week and it was requested two more times! I made it with iceberg lettuce combination with carrots and red cabbage (what was on special) left out the green peppers, and it was every bit as good or better than our local greek restaurant's. Next time, which will be tomorrow! I'm going to take K's suggestion an marinate the onions in the dressing for 1-2 hours.
We made this salad for a memorial day picnic. It was a huge success. Everyone loved it! I squeezed a lemon over the salad right before I tossed it and sprinkled it with a teeny bit of Kosher Salt. The ingredients (feta, olives, pepperoncini) in the salad are pretty salty so use it sparingly. The dressing was PERFECT! I used garlic powder instead of fresh garlic because I was running out of time.
Great salad!
Great salad. I will be making this again. Thanks:)
I have just discovered the amazing Kittencal recipes! I didn't peel/seed the cucumber, sliced it thinly like in the pic. Also used tomatoes on the vine; I don't think I've seen Roma tomatoes but generally, anything other than standard, on the vine &amp; cherry are sold in small packets &amp; are prohibitively expensive for this quantity. I made 2 dressings, the one here &amp; the Creamy Greek Feta dressing referred to in the description, Yum! I'l try the Parmesan suggestion next time too as well as some suggestions from other reviewers.
This dressing was so good, well okay the whole salad was great. We tossed it on our plates because I have little ones that prefer to make their own. I used my blender for mixing the dressing then put it into a cruet to serve. In fact right now I'm thinking about having some for lunch, MMmmm.
Can you stand another 5-star rating? My husband declared that the dressing was "the perfect balance" of flavors for him. I used more garlic and parmesan than you called for (but not a lot more), and did need to throw in a teaspoon of sugar. It didn't make it sweet as much as just take the bite out of it. I made the same salad that you recommended, but threw in leftover fresh spinach instead of romaine. Very yummy!
I served this at our annual fourth of July get together. It was a big hit. With the dressing, I did reduce the olive oil to 3/4 a cup, and I was glad I did--I believe otherwise would have been a bit too "oily" tasting. Did add 1 additional TBSP red wine vinegar, per husband's request that it needed a bit more "tang." Used 1/2 a red onion--mine was big and seemed strong. Did not find I needed but 1/4 lb feta cheese. Everyone really enjoyed it--serves a lot as a side dish. Thanks for sharing.
I served this salad to company and they loved it. I can' wait to try it with pasta.
Wonderful Greek salad! I 4thed the recipe and was enough for 4 large side salads. This has the perfect blend of seasonings, and was the best Greek salad I have had so far! Thanks again for another great one!
My family all loves this, and it&#039;s often requested at parties. Like others, I leave all the veggies in the dressing for a couple of hours. The leftovers are even better the next day.&lt;br/&gt;I realize &#039;original&#039; Greek salad doesn&#039;t have lettuce, and it doesn&#039;t need to be included if it offends your sensibilities.
Oh my god !! It was sooo good.. it tasted like "suddenly salad pasta" dressing ... (almost) ... You saved me lots of money !! Thanks !
Fantastic! I had a Greek Salad at a resturant recently and now I am addicted to Greek food. Found your recipe and now I can eat it home too! Thanks!
The recipe doesn't need another 5 star rating -- but it's so wonderful that I can't let you NOT know how much we enjoyed it. You've done it again! I made the dressing about 6 hours ahead of time to make sure all the flavors had time to blend with one another. I followed your directions exactly as written and this turned out just great. I did let the cut up Romaine sit in a bowl of ice water for several minutes prior to mixing it with the remaining ingredients --and did the same with the sliced red onion. Do you have any idea how long the dressing stays fresh in the refrigerator? This is a salad that I could fix for my husband and I several nights a week!!!
EXCELLENT, EXCELLENT, EXCELLENT! Even though I did not have all of the ingredients (I used 1/2 cup of olive oil, marjoram instead of oregano and only 1 tablespoon of feta cheese) and I did not have time to leave it in the fridge for flavors to blend, it still turned out GREAT! Thank you!!!
This has become a staple at our house.
Everything Kittencal posts is the best and this is no exception. When I do a search for a recipe and see hers, it is always the one I choose. This was the perfect Greek Salad....just what I was looking for! We are garlic freaks, so the 2 TBL. was perfect. However, it was way too garlicky for my kids....who enjoy garlic and spice. So you may want to adjust the garlic levels or start off with 1 TBL and then add more if you want. We brought this to a cookout and it was devoured and the recipe was requested over and over again. YUM!
Fantastic Greek Salad and I made both of your dressings! Thanks for 3 great recipes!
BOMB!!!!!!!!!!!! Can't say anything else but PERFECT!!!!!!!!!!!!!!!!!!!
100 ratings what can I add? Excellent salad. I served this with Pork Souvlaki Recipe #39526 and Mean Chef's Tzatziki Recipe #51983. I am having a greek party in my mouth. I served the feta and olives on the side since I don't care for either of them. I wish the Nutritional Information would come up better though. All in all Great job Kit. :)
This dressing is so great because it has all of the elements of Greek dressing that we all like, but maybe can't put our finger on when we taste it. It's also very flexible. If you like a litlle more or less of this or that, just adjust the recipe to your taste and it wil be perfect. I just dressed a bulgar pilaf with it and it's delicious. The dressing is so good on a Greek salad, but try it with your grains and pasta salads too. Thanks Kittencal!
We had your famous Greek salad for dinner tonight and it was a hit.
My husband loves Greek salads and said this one was the tops. The dressing is just the very best. 
Thanks so much for sharing this one.
Where has this recipe been all my life??!! I love greek salad but I've never found one that had all of the flavors I love. At first it was slightly strong than I prefer so I did add the two tsp's of sugar and I blended everything in a food processor. Thanks for making my day kitten! :)
I really enjoyed this dressing while eating it, the problem was the aftertaste! About 30 minutes after enjoying my salad it was like... I need to get this taste out! I'm not sure if it was too oily? I only used 3/4 cup of olive oil. Tasted good, just left a bad taste. Doesn't mean I won't eat it again, just means I have to have dessert afterwards! :)
This was really good. I skipped parmesan cheese and dried basil since I didn't have any at home. In replace of red wine vinegar I used a bit of white vinegar and balsamic vinegar. The salad came out really good!!! Thanks for the recipe.
I have also used this recipe; however I have adjusted it a little bit, by adding 1/2 teaspoon ground white pepper and 1/2 teaspoon Sugar to add a wonderful smooth taste that is out of this world.
I made this salad for a party and everyone loved it. I substituted key lime juice for lemon because that's what I had and after everyone had eaten I realized I forgot to put in the cucumber! It was still great and I had many requests for the dressing recipe. Thanks for posting!
This is definitely a great greek salad. With the advice of some of the reviews, I used a little less oil and a little more vinegar in the dressing. The herbs gave it a nice seasoned flavor.
I was looking for a new salad recipe and having never tried greek salad, the five star rating and great reviews convinced me to give this a try. The salad dressing recipe is wonderful; just full of flavor. The sturdy, rough leaves of the romaine lettuce holds the dressing on so well so every bite packs a punch. The feta cheese adds a great tanginess and the olives just brings it all together. Of course the other veggies do their part, too, to make this salad exceptional. Just a perfect recipe that I will make again and again.
So I made this Greek salad for the first time however, halved it since it was the first time making it as a test. I live with my fiance and a male roomate; they (okay we) gobbled it up. The guys took their first bite and both at the same time grabbed the salad bowl to get more before the other one could take the remainder. From now on - it's a full or perhaps a double serving! Thanks Kittencal for yet another wonderful recipe!
The Calories (2195) and Total Fat (195.5g) per cup must be wrong.
WOOF, dear KittenCal, did I make a BIG mistake. I'm somewhat ashamed. I halved your dressing recipe! It is beyond delicious- amazingly, as one other poster mentioned; how can so few and simple ingredients add up to so much flavor.

The salad was wonderful! The only thing lacking was more dressing!!! *hanging head*

This Greek Salad is the best! The combination and amounts of the ingredients in the dressing is right on the mark. It just doesn't get any better than this...wonderful flavor and so easy to prepare. Thanks so much, KittenCal !

I love salad and this one gets A from me... So five stars it is!
Made this as written...perfection!
This is a nice salad and comes very close to the one I often order in a local restaurant. I added a bit of chicken to ours to make it more of a meal. Dh really liked the dressing.
I followed the recipe to the letter. I thought it was quite good, but it didn&#039;t &quot;knock my socks off.&quot; I am still looking for the perfect Greek salad that I had in Greece. Maybe Arbequina olive oil (Italian, mild &amp; fruity--my usual choice for salads) is too mild for this recipe. I think I&#039;ll try it again with a Greek OO. Or maybe it&#039;s my distaste for sugar, which I don&#039;t normally use, I&#039;m very sensitive to the taste, I thought it could have been omitted entirely. I&#039;ll try it again without sugar.
I absolutely agree with other reviewers to marinate the red onion &amp; cucumber for a good hour at room temp. before adding the remaining ingredients. That&#039;s a must for me...
Like you need any more rave reviews, but here's one more! I'm eating a salad right now, and I have to say....I LOVE THIS DRESSING! I have it in the fridge in a pint jar, and I can't stop making salads with it. The only change I made was I added 2 more tablespoons of the red wine vinegar, but I love this recipe cause you can make it to your taste. My husband does not like Greek salads at all, and he's eating one right now too :)Thanks for sharing a now Summer staple in our house!
Delicious!! I used garlic stuffed olives and sliced them!
This is an awesome recipe! I reduced the olive oil by half and found that the combination of ingredients tasted just right for me. I'll definitely make this again!
Another winner! This is fantastic. used 2/3 cup oil after reading reviews because we like it a bit tangy. I kept everything else for the dressing the same, and the salad i just left out the bell pepper. Thanks Kitten, this is going to be a staple dressing now.
LOVED IT! I didn't have a lemon, so I actually used bottled LIME JUICE instead. Didn't effect the taste at all! I left out the red onion, green pepper, and olives. This salad had such a great, refreshing taste. Ironically, on the feta cheese, there was a recipe for Greek Salad, but it called for a bottled dressing instead. I LAUGHED OUT LOUD saying, "NEVER will I use a bottled dressing after finding this recipe!" THANK YOU SO MUCH!
I can't tell you how many times I have made this dressing. I love it! I just decrease the oil a tad and increase the lemon juice and vinegar. Delicious. Thank you.
This was great- I really enjoyed it! I made the dressing in the morning and it was easy to whip up. I used a good-quality olive oil. We had this with our Valentine's Day dinner. I cut back on the red onion, and just put some very thin slices on top of the salad for garnish and I enjoyed those tiny bites of it.
Another great recipe by Kittencal!! love ALL her recipes that I have tried. Keep up the great recipes Kittencal, we all are loving them!! <br/>Thanks
I loved this salad. :-) The dressing didn't get to chill for 2 hours and it still was good.

Thanks Kittencal!
It turned out way too salty. You may want to put 1 Teaspoon of salt instead of 2. Other than that it turned out real good :) thanx kittencal.
I enjoyed this very much especially the dressing. We also added grilled chicken to the salad and did not use the kalamata olives but the black olives instead. I will make it again. Thank you Kittencal.
Absolutely outstanding greek dressing. Thank you!
This was excellent, it did taste of restaurant quality and my family loved it! I didn't change anything, except I keep dressing on the side, so I could save the leftovers for the next day.
I made this to accompany Pork Souvlaki #39526. I followed the instructions to a tee. It was absolutely delicious! Everyone especially loved the dressing. Thanks SO much for such a wonderful recipe.

loved it!! the dressing was fantastic (made up a day ahead)!! i made this for dd's spaghetti dinner birthday (i also made your parmesan meatballs and cheesy garlic bread). for the salad i went with romaine, red bell peppers, red onions, cucumbers, and feta (skipped out on the tomatoes and olives for dd's sake). this was a great greek salad!! can't wait to try it with your creamy feta dressing, yum! thanks kitten!
I had never been a big fan of Greek salad but I made it for a backyard gettogether and everyone loved it. I'm going to try it using pasta next time in leu of the lettuce. GREAT!!!
this is a great recipe. The dressing is fabulous. The parmesan really makes a difference. My non-salad eating husband ate all of his :)
another great recipe, thanks kittencal!! i did as suggested by another review and I mixed the basil, oregano, pepper, vinegar and oil and poured over the onions and let them sit for 1-2 hours. And sprinkled the sugar and salt on the tomatoes and let them sit for a few mins before tossing them into the salad. I mixed everything together (along with the onions, and their oil/vinegar). it was delicious!!!!!
I printed this recipe a long time ago, not sure if we would like such bold flavors. Well, I made this last night and wow was it sensational. Hubby and I couldn't get enough of it. DH is a thousand island man only, so I wasn't sure how he would feel about this salad but he loved it. Even took the left overs with him for lunch today. The feta cheese in this is great, I love the sharp taste with the dressing and the rest of the ingredients. I only wish I wouldn't have waited so long to try. Thank you soooo much for posting, we will be making this often...Stephanie
Beautiful Greek Salad recipe! I had this often when on vacation in Santorini. The only differences I make are to chop the cucumber quite roughly as this is how it was done in Greece, and use less oil (the authentic Greek Salad does use a lot of oil, but our tastes prefer more of a tang from the vinegar). Fab salad and beautiful dressing, thank you!
I used this as a marinade for grilled chicken...it was AMAZING. LOVE it. Making it again for company this weekend! Thank you for this.
This salad was amazing!! I used regular vegetable oil because I was out of olive oil. I only used 1/2 cup of oil as well, and it was just as good. I will definitely be making this again and passing the recipe on to family and friends. Thank you so much for this recipe!
Perfect !
Oh my, was this good! Hubby and I both practically licked the salad bowl clean. I marinated the onion in the salad dressing for about 1 hour before serving. Also, I used italian seasoning rather than oregano and I did not add sugar. REALLY GOOD salad. Thanks for the recipe Kittencal!
Nothing to say that hasn't been said before. This is great.
Wonderful salad....simple and delicious!
Never again will I use the bottled stuff! I cut the oil by roughly 1/3 and added lots more vinegar. It was still delish!
Fabulous Greek salad. The dressing was out-of-this-world good. My daughter never puts dressing on her salads, but LOVED this one. Everything was super easy to put together and was delicious to eat. The only thing I left out was the green pepper. Thanks for a wonderful Greek salad recipe! :)
Thanks for a great recipe. I have this for lunch a few times a week. When I made this the first time, I didn't have the dried basil, so I used the dried Italian herbs. It comes out wonderful every time.
This dressing is an OMG!
I made my own salad, kind of a Greek Bread Salad and used your dressing recipe--so-o-o good. But then this isn't the first Kittencal salad dressing I have used and loved.
Thanks! Carole in Orlando
By far the best out there!
I follow it to a T then add chunks of grilled chicken.

Mark T 63
I've made this a few times already and it's always GREAT!! It certainly lives up to its name!
Made this yesterday and it was a big hit. I cut the oil to 3/4ths and left the rest of the recipe the same, included the optional parmesan cheese. Let sit in the fridge for about 6 hours before using it. All I can say is WOW! Once again, Kittencal, you have provided an amazing recipe!
I can sum up this review in one word Awesome! I followed the directions for the dressing to the letter and blended it in my blender. Probably used a little less feta cheese than called for and of course used Greek olives. I used a seedless cucumber. Everyone was wowed. Thankx!
The dressing is outstanding! I did not make the greek salad, but I used the dressing for a greek pasta salad. I basically followed the salad recipe, substituting pasta for the lettuce, and I left out the cucumber and green pepper. It was so DELICIOUS!! I can't wait to try the salad. Thank you for another AWESOME recipe, Kitten! Meow!
This was a great combination of flavors. I adjusted the proportions somewhat:

-1/2 cup olive oil
-juice from one large lemon
-1 teaspoon dried oregano
-1/2 teaspoon dried basil
-1/2 tsp. white wine vinegar (what I had on hand)
-salt and pepper to taste
-1/4 teaspoon sugar, or to taste
-3 cloves garlic, minced and mashed to a paste with salt
-1/4 c. finely grated Parmesan
-hot pepper flakes, to taste

Thanks for sharing!
Greek salad is one of my favorites and it just doesn't get much better than this. I followed the recipe exactly and it was delicious!!
Delicious. The key to me is the food processor part b/c I only stirred it vs. getting it to the smooth point in the processor and it makes a huge difference. Very good recipe altogether.
Oh, WOW! Quite probably the best salad I have ever had, Greek or otherwise. My roomie declared this to be better than all of the Greek salads he's ever had, even from the best Greek restaurants. I used the upper amount of lemon juice, the full 1 cup of oilive oil, and because I realized too late that I was out of basil I upped the oregano just a little bit more to compensate. I also left out the olives, since my fiance hates them (and I dislike them anyway), but made them available "on the side" for our guests. I also used halved grape tomatoes instead of Romas, as we prefer their smaller size and better flavor. This is a new staple in my house. Thanks for sharing!
Wow! excellent! Patty in Indy
Easy to put together and tastes delicious!
great!
Fantastic Kittencal !! Another delicious recipe. I used about 3/4 cup oil and put in some paremesan cheese too. For the salad ingredients I used a red pepper because of choice and used Campari tomatoes (a little bigger than cherry) just so much more flavor for me. I have yet to find a good tomatoe in this area at any time of year. This made for a very fantastic lunch for us. I just added an egg on the side to make it more filling of a lunch. Thanks again Kitten for a wonderful meal.
I doubled it for a party everyone loved it! Really good and a different flavor. I didn't use the sugar because I forgot, I didn't add any salt or pepper either. Still turned out great!
This is fabulous. Made as directed.Wouldn't change anything. It disappeared. I'm going to try it with pasta as was suggested.
went with all these great reviews and what a hit! nobody typically notices the salad at a big family dinner and everyone gobbled this up. it was gone! thank you for the wonderful recipe. i will use it again and again.
I've made this several times! Thanks for a great recipe
I made this today leaving out the Romaine and instead turned it into a pasta salad using tri-color Rotini. It was fabulous and the dressing was out of this world. A definite keeper! I love Greek food and worked in a Greek restaurant for years and the dressing was very authentic and tasted fresh and wonderful! I'm going to make it with the romaine next time.
Perfect! I used 3/4 cup of olive oil. Thanks Kittencal. I will be making this again and again.
I cut the recipe in half for two of us and it's all gone! The balance of flavors in the dressing is just right; I used just a touch of sugar and salt. We LOVED this salad! Thank you so much for sharing your recipe, Kittencal!
This was exactly what it claimed to be: the ultimate Greek salad! There is so much flavor in the salad dressing with the perfect spice blend. I brought it to a party and it disappeared fast.
Great salad, Kittencal! Followed the recipe exactly and had great results. It really satisfied my craving for Greek salad. Thanks!
I was really suprised how much flavor this dish had.(We like a lot of spice around here)The only changes I made were to go half Green Olives and Half black + top w/S&P. Delicious!
Just need to send one word -- DELICIOUS!

Leftover dressing kept well in the fridge for a week.
I LOVE this salad, the dressing is wonderful and I now keep it on hand all the time. I no longer get greek salad from my favorite place on my way home from work, I have this. I added some of my favorites...chick peas, pepperccini, and fresh dill. All in all, my favorite recipe on this site. Thanks so much, Kittencal.
This is very good. My three picky eaters loved it and my husband who had never had Greek salad enjoyed it too. The dressing was perfect!
Awesome, if you're looking for a fantastic Greek Salad recipe- you just found it!!
I have made so many greek salad dressings and have finally found THE ONE with this recipe! The only thing I adjusted with the dressing was to add a 3 more tablespoons of red wine vinegar because our tastes lean towards more of a "tang", but that is strictly our preference. The food processor emulsifies it perfectly and it dresses the greens beautifully. I used kalamata olives and added fresh chopped mint leaves to the salad as well. This is better than restaurant quality and I know we will be making this again and again! Thanks KC!
Great Greek Salad! I've made it twice now and each time, it was eaten up! I added a can of artichokes and some genoa salami into the mix to make it a complete meal for my family of 6. Thanks!
I mistakenly added about 4 times as much sugar as the recipe stated (I used splenda packets and miscalculated how much I needed), so obviously the dressing was way too sweet. But I think that if I had made it correctly, I probably would have loved this dressing so I will definitely try it again!
Good, everybody ate it, nobody raved about it. Missing something but I can't put my finger on what it is as everything for a greek salad seems to be there. I'll tweak on it. Definitely worth making again.
I have been looking for a good greek salad recipe and this is the "one". Definetely a keeper. I don't like dressing that is too vinegary and this one has the perfect balance and flavour. Loved it. Thanks for posting.
It's now famous in my part of the world too! Thanks for the best Greek salad recipe I've ever had!
We loved this salad! Giving it 5 stars, but would give more if I could. Not overpowering, just right. I used 2 cloves of garlic, and will use 3 next time, and the 3 tbsp. lemon juice was perfect for our taste. Thanks Kittencal!
Excellent salad, particularly the dressing. Just fabulous! I omitted the lettuce and sugar (my preference) and added extra garlic. Thanks for a keeper!
This dressing was fabulous!! I poured it over fresh tomatoes, cucumbers, red onions and feta cheese. To die for!!
Delish! Awesome!
